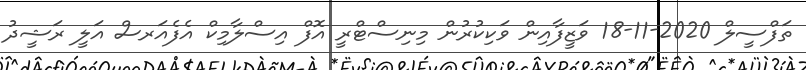
ތަފްސީލް 2020-11-18 ވަޒީފާއިން ވަކިކުރުން މިނިސްޓްރީ އޮފް އިސްލާމިކް އެފެއަރސް އަލީ ރަޝީދު